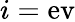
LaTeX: i=\mathrm{ev}